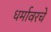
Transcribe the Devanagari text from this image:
धर्मावरचे